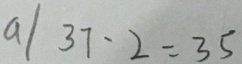
a / 3 7 - 2 = 3 5